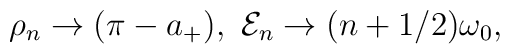
\rho_n\rightarrow (\pi -a_+),\ {\cal E}_n\rightarrow (n+1/2)\omega_0,